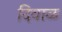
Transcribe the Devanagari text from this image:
दिवाळ